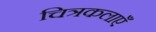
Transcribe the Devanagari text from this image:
चित्रकलाएँ